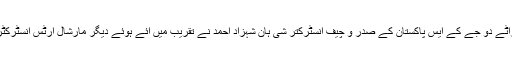
اس موقعے پر شن بوکو ایسوسی ایشن آف کراٹے دو جے کے ایس پاکستان کے صدر و چیف انسٹرکتر شی ہان شہزاد احمد نے تقریب میں آئے ہوئے دیگر مارشال آرٹس انسٹرکٹرز اور مہمانوں کو یادگاری شیلڈز پیش کیں۔